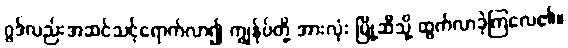
ဂွဒ်လည်းအဆင်သင့်ရောက်လာ၍ ကျွန်ုပ်တို့ အားလုံး မြို့ဆီသို့ ထွက်လာခဲ့ကြလေ၏။